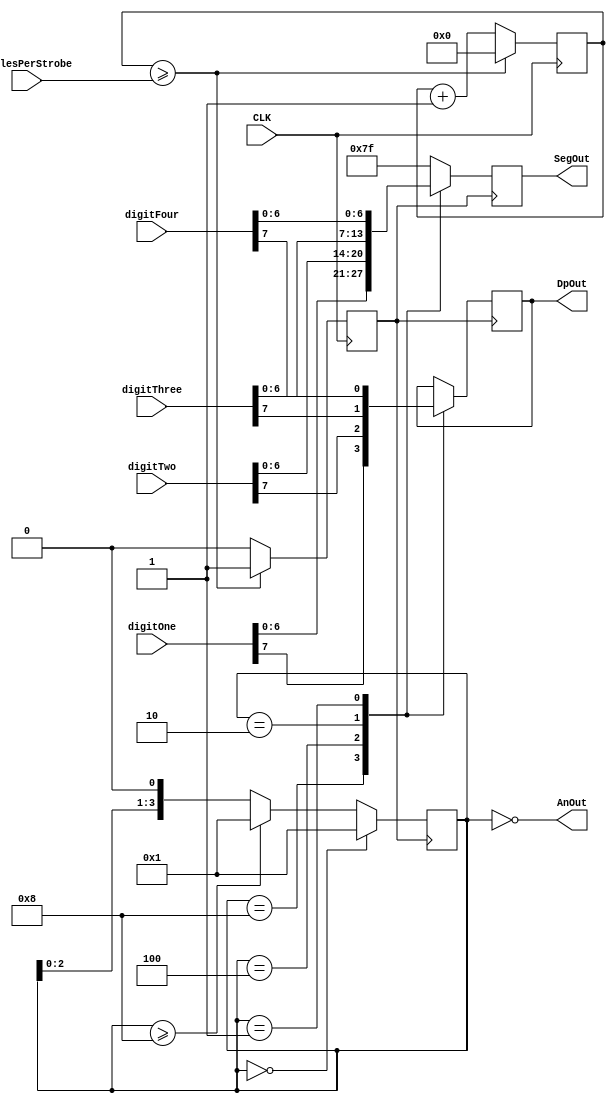
`timescale 1ns / 1ps
//////////////////////////////////////////////////////////////////////////////////
// Company: 
// Engineer: 
// 
// Design Name: 
// Module Name:    	digit_driver 
// Project Name: 		basys-2_7_segment
// Target Devices: 	basys2 Spartan-3E 100k
// Tool versions: 
// Description: 
//
// Dependencies: 
//
// Revision: 
// Revision 0.01 - File Created
// Additional Comments: 
//
//////////////////////////////////////////////////////////////////////////////////
module digit_driver(
        input CLK,
        input [31:0] cyclesPerStrobe,

        input [7:0] digitOne,
        input [7:0] digitTwo,
        input [7:0] digitThree,
        input [7:0] digitFour,

        output reg [6:0] SegOut,
        output [3:0] AnOut,
        output reg DpOut
);

reg [3:0] an_inverted;
assign AnOut = ~an_inverted;

reg [31:0] ticker;
reg tickerClock;

always @ (posedge CLK)
begin
    if(ticker >= cyclesPerStrobe) //reset after 1 second
        begin
            ticker <= 0;
            tickerClock <= 1;
        end
        else
        begin
            ticker <= ticker + 1;
            tickerClock <= 0;	
        end
end

    
    
//We want our 7 segment display to strobe each digit at this speed
always @ (posedge tickerClock)
begin

    //Strobe across each of the segments
    if(an_inverted == 4'b0)
    begin
        an_inverted <= 4'b0001;
    end
    else if(an_inverted >= 4'b1000)
    begin
        an_inverted <= 4'b0001;
    end
    else
    begin
        an_inverted <= an_inverted << 1;
    end
end

always @ (negedge tickerClock)
begin

	case(an_inverted)

        4'b1000:
        begin
            SegOut <= digitOne[6:0]; //to display F
				DpOut <= digitOne[7];
        end
        
        4'b0100:
        begin
            SegOut <= digitTwo[6:0]; //to display B; two
				DpOut <= digitTwo[7];
        end
        
        4'b0010:
        begin
            SegOut <= digitThree[6:0]; //to display C; three
				DpOut <= digitThree[7];
        end
        
        4'b0001:
        begin
            SegOut <= digitFour[6:0]; //to display D
				DpOut <= digitFour[7];
        end
        
        default:
        begin
            SegOut <= 7'b1111111;//Display nothing
        end
    endcase
end

endmodule